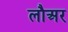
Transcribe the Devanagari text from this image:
लौअर